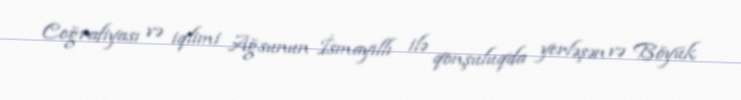
Coğrafiyası və iqlimi Ağsunun İsmayıllı ilə qonşuluqda yerləşən və Böyük